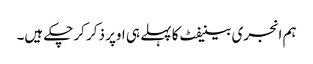
ہم انجری بینیفٹ کا پہلے ہی اوپر ذکر کرچکے ہیں۔